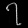
Digit: ၇